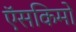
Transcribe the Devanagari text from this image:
ऍसकिमो